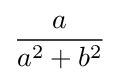
{\frac {a}{a^{2}+b^{2}}}